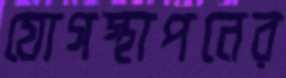
যোগস্থাপনের